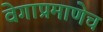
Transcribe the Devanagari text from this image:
वेगाप्रमाणेच